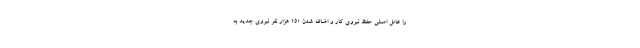
را عامل اصلی حفظ نیروی کار و اضافه شدن ۱۵۰ هزار نفر نیروی جدید به